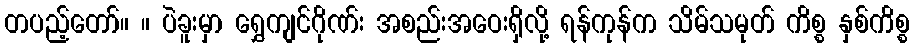
တပည့်တော်။ ။ ပဲခူးမှာ ရွှေကျင်ဂိုဏ်း အစည်းအဝေးရှိလို့ ရန်ကုန်က သိမ်သမုတ် ကိစ္စ နှစ်ကိစ္စ